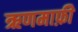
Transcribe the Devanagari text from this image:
ऋणमाफ़ी